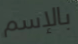
بالإسم